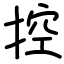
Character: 控